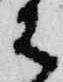
は